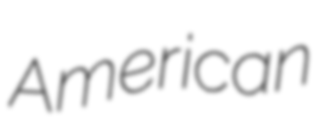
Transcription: American